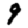
Digit: 9